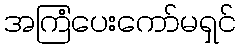
အကြံပေးကော်မရှင်